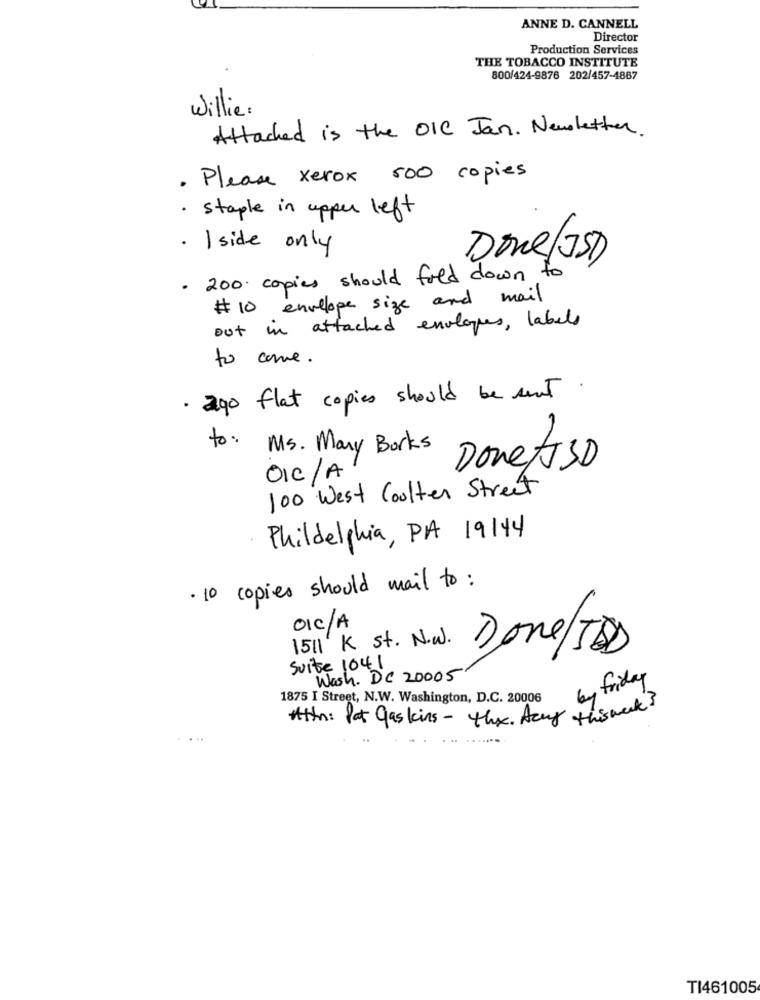
ANNE D. CANNELL
Director
Production Services
THE TOBACCO INSTITUTE
800/424-9876 202/457-4887
willie .
Attached is the OIC Jan. Newsletter.
. Please xerox 500 copies
· staple in upper left
· Iside only
Done JSD)
· 200 copies should fold down to
# 10 envelope size and mail
out in attached envlopes, labels
to come.
· ago flat copies should be sent
to:
Ms . Many Books
Donets 3D
OIC/A
100 West Coulter Street
Phildelphia, PA 19144
· 10 copies should mail to:
OIC/A
1511 K st. N.W.
Done/TD
Suite 1041
Wash. DC 20005
by friday
1875 I Street, N.W. Washington, D.C. 20006
Attn: Pat gaskins - the. Acry thisweek
TI461005